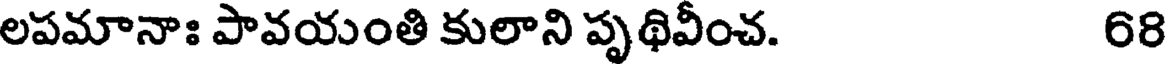
లపమానాః పావయంతి కులాని పృథివీంచ. 68